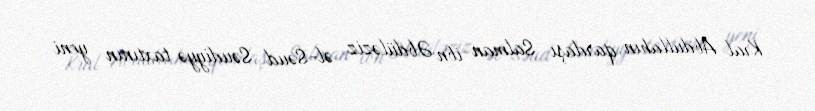
Kral Abdullahın qardaşı Salman ibn Əbdüləziz əl-Səud Səudiyyə taxtının yeni